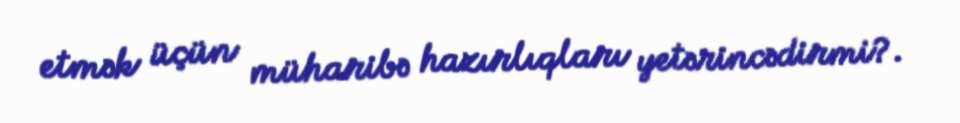
etmək üçün müharibə hazırlıqları yetərincədirmi?.